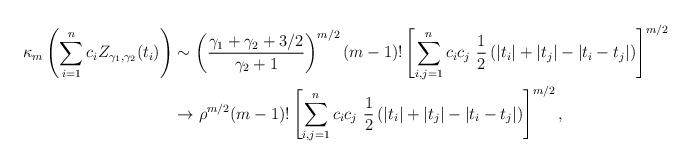
LaTeX: \begin{align*}\kappa_m\left(\sum_{i=1}^n c_i Z_{\gamma_1,\gamma_2}(t_i)\right)&\sim\left(\frac{\gamma_1+\gamma_2+3/2}{\gamma_2+1}\right)^{m/2} (m-1)! \left[\sum_{i,j=1}^n c_ic_j~ \frac{1}{2} \left( |t_i| +|t_j| -|t_i-t_j| \right)\right]^{m/2}\\&\rightarrow \rho^{m/2} (m-1)! \left[\sum_{i,j=1}^n c_ic_j~ \frac{1}{2} \left( |t_i| +|t_j| -|t_i-t_j| \right)\right]^{m/2},\end{align*}